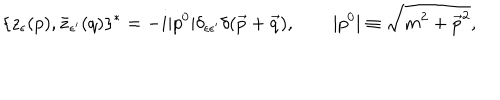
\{ z _ { \epsilon } ( p ) , \bar { z } _ { \epsilon ^ { \prime } } ( q ) \} ^ { * } = - i | p ^ { 0 } | \delta _ { \epsilon \epsilon ^ { \prime } } \delta ( \vec { p } + \vec { q } ) , \qquad | p ^ { 0 } | \equiv \sqrt { m ^ { 2 } + \vec { p } ^ { 2 } } ,